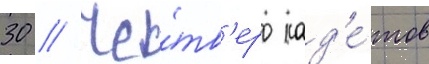
30 // Че́тв'еро кад'е́тов